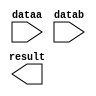
// megafunction wizard: %LPM_MULT%VBB%
// GENERATION: STANDARD
// VERSION: WM1.0
// MODULE: lpm_mult 

// ============================================================
// Megafunction Name(s):
// 			lpm_mult
//
// Simulation Library Files(s):
// 			lpm
// ============================================================
// ************************************************************
// THIS IS A WIZARD-GENERATED FILE. DO NOT EDIT THIS FILE!
//
// 13.1.0 Build 162 10/23/2013 SJ Web Edition
// ************************************************************

//Copyright (C) 1991-2013 Altera Corporation
//Your use of Altera Corporation's design tools, logic functions 
//and other software and tools, and its AMPP partner logic 
//functions, and any output files from any of the foregoing 
//(including device programming or simulation files), and any 
//associated documentation or information are expressly subject 
//to the terms and conditions of the Altera Program License 
//Subscription Agreement, Altera MegaCore Function License 
//Agreement, or other applicable license agreement, including, 
//without limitation, that your use is for the sole purpose of 
//programming logic devices manufactured by Altera and sold by 
//Altera or its authorized distributors.  Please refer to the 
//applicable agreement for further details.

module multiplication (
	dataa,
	datab,
	result);

	input	[31:0]  dataa;
	input	[31:0]  datab;
	output	[63:0]  result;

endmodule

// ============================================================
// CNX file retrieval info
// ============================================================
// Retrieval info: PRIVATE: AutoSizeResult NUMERIC "1"
// Retrieval info: PRIVATE: B_isConstant NUMERIC "0"
// Retrieval info: PRIVATE: ConstantB NUMERIC "0"
// Retrieval info: PRIVATE: INTENDED_DEVICE_FAMILY STRING "Cyclone V"
// Retrieval info: PRIVATE: LPM_PIPELINE NUMERIC "0"
// Retrieval info: PRIVATE: Latency NUMERIC "0"
// Retrieval info: PRIVATE: SYNTH_WRAPPER_GEN_POSTFIX STRING "0"
// Retrieval info: PRIVATE: SignedMult NUMERIC "1"
// Retrieval info: PRIVATE: USE_MULT NUMERIC "1"
// Retrieval info: PRIVATE: ValidConstant NUMERIC "0"
// Retrieval info: PRIVATE: WidthA NUMERIC "32"
// Retrieval info: PRIVATE: WidthB NUMERIC "32"
// Retrieval info: PRIVATE: WidthP NUMERIC "64"
// Retrieval info: PRIVATE: aclr NUMERIC "0"
// Retrieval info: PRIVATE: clken NUMERIC "0"
// Retrieval info: PRIVATE: new_diagram STRING "1"
// Retrieval info: PRIVATE: optimize NUMERIC "0"
// Retrieval info: LIBRARY: lpm lpm.lpm_components.all
// Retrieval info: CONSTANT: LPM_HINT STRING "MAXIMIZE_SPEED=5"
// Retrieval info: CONSTANT: LPM_REPRESENTATION STRING "SIGNED"
// Retrieval info: CONSTANT: LPM_TYPE STRING "LPM_MULT"
// Retrieval info: CONSTANT: LPM_WIDTHA NUMERIC "32"
// Retrieval info: CONSTANT: LPM_WIDTHB NUMERIC "32"
// Retrieval info: CONSTANT: LPM_WIDTHP NUMERIC "64"
// Retrieval info: USED_PORT: dataa 0 0 32 0 INPUT NODEFVAL "dataa[31..0]"
// Retrieval info: USED_PORT: datab 0 0 32 0 INPUT NODEFVAL "datab[31..0]"
// Retrieval info: USED_PORT: result 0 0 64 0 OUTPUT NODEFVAL "result[63..0]"
// Retrieval info: CONNECT: @dataa 0 0 32 0 dataa 0 0 32 0
// Retrieval info: CONNECT: @datab 0 0 32 0 datab 0 0 32 0
// Retrieval info: CONNECT: result 0 0 64 0 @result 0 0 64 0
// Retrieval info: GEN_FILE: TYPE_NORMAL multiplication.v TRUE
// Retrieval info: GEN_FILE: TYPE_NORMAL multiplication.inc TRUE
// Retrieval info: GEN_FILE: TYPE_NORMAL multiplication.cmp TRUE
// Retrieval info: GEN_FILE: TYPE_NORMAL multiplication.bsf TRUE
// Retrieval info: GEN_FILE: TYPE_NORMAL multiplication_inst.v TRUE
// Retrieval info: GEN_FILE: TYPE_NORMAL multiplication_bb.v TRUE
// Retrieval info: LIB_FILE: lpm